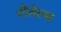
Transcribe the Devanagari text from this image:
पौवेल्स